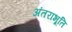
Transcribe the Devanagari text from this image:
अंतराभूति